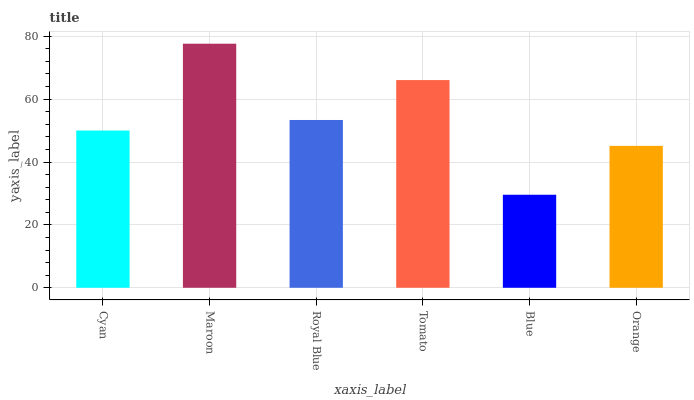
| xaxis_label | bars |
 | --- | --- |
 | Cyan | 50 |
 | Maroon | 77.6 |
 | Royal Blue | 53.4 |
 | Tomato | 66.1 |
 | Blue | 29.6 |
 | Orange | 45.1 |